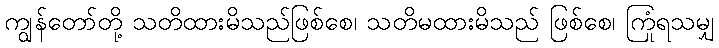
ကျွန်တော်တို့ သတိထားမိသည်ဖြစ်စေ၊ သတိမထားမိသည် ဖြစ်စေ၊ ကြုံရသမျှ